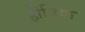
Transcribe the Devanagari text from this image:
हीविया